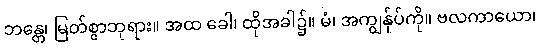
ဘန္တေ၊ မြတ်စွာဘုရား။ အထ ခေါ၊ ထိုအခါ၌။ မံ၊ အကျွန်ုပ်ကို။ ဗလကာယော၊